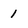
Character: 1